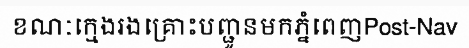
ខណៈក្មេងរងគ្រោះបញ្ជូនមកភ្នំពេញPost-Nav